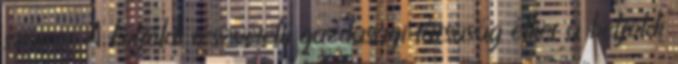
számot. A külföldi részvételű gazdasági társaság élhet a belföldi